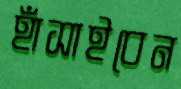
হাঁসাইবেন